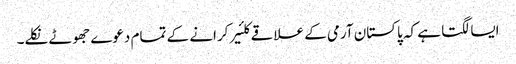
ایسا لگتا ہے کہ پاکستان آرمی کے علاقے کلئیر کرانے کے تمام دعوے جھوٹے نکلے۔